Report on sanitation, dispensaries, and jails in Rajputana for 1913, and on vaccination for the year 1913-1914 - 1913-1914
Year: 1913
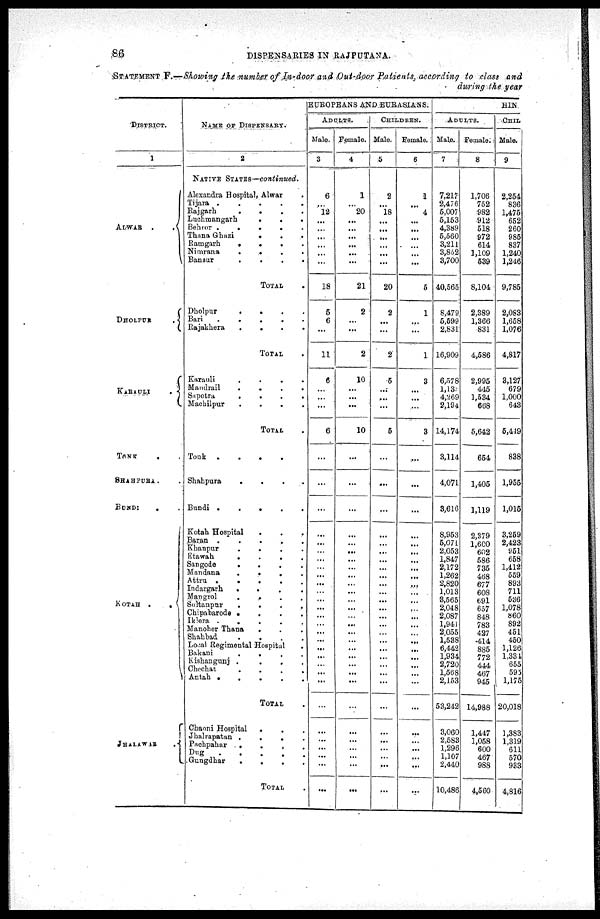
86
DISPENSARIES IN RAJPUTANA.
STATEMENT F.—Showing the number of In-door and Out-door Patients, according to class and
during the year
DISTRICT.
1
ALWAR
.
.
DHOLPUR
.
KARAULI
.
TONK . .
SHAHPURA . .
BUNDI . .
KOTAH
.
.
JHALAWAR
NAME OF DISPENSARY.
2
NATIVE STATES— continued.
Alexandra Hospital, Alwar .
Tijara
.
.
.
.
.
Rajgarh
.
.
.
.
.
Luchmangarh . . . . .
Beher
.
.
.
.
.
Thana Ghazi . . . .
Ramgarh
.
.
.
.
.
Nimrana . . . .
Bansur
.
.
.
.
.
TOTAL .
Dholpur . . . .
Bari . . . . .
Rajakhera . . . . .
TOTAL .
Karauli
.
.
.
.
.
Mandrail
.
.
.
.
Sapotra . . . . .
Machilpur
.
.
.
.
TOTAL .
Tonk
.
.
.
.
.
Shahpura
.
.
.
.
.
Bundi
.
.
.
.
.
Kotah Hospital . .
Baran
.
.
.
.
.
Khanpur
.
.
.
.
.
Etawah
.
.
.
.
.
Sangode
.
.
.
.
.
Mandana . . . . . .
Attru
.
.
.
.
.
.
Indargarh . . . .
Mangrol
.
.
.
.
.
Sultanpur
.
.
.
.
Chipabarode
.
.
.
.
.
Iklera . . . . .
Manoher Thana . . .
Shahbad . . . . .
Local Regimental Hospital .
Bakani
.
.
.
.
.
Kishangunj
.
.
.
.
Chochat . . . .
Antah
.
.
.
.
.
TOTAL .
Chaoni Hospital . . .
Jhalrapatan . . . .
Pachpahar . . . . .
Dug . . . .
Gungdhar . . . .
TOTAL .
EUROPEANS AND EURASIANS.
ADULTS.
Mala
3
6
...
12
...
...
...
...
...
...
18
5
6
...
11
6
...
...
...
6
...
...
...
...
...
...
...
...
...
...
...
...
...
...
...
...
...
...
...
...
...
...
...
...
...
...
...
...
...
Female.
4
1
...
20
...
...
...
...
...
...
21
2
...
...
2
10
...
...
...
10
...
...
...
...
...
...
... ...
...
...
...
...
...
...
...
...
...
...
...
...
...
...
...
...
...
...
...
...
...
CHILDERN.
Male.
5
2
...
18
...
...
...
...
...
...
20
2
...
...
2
5
...
...
...
5
...
...
...
...
...
...
...
...
...
...
...
...
...
...
...
...
...
...
...
...
...
...
...
...
...
...
...
...
...
Female.
6
1
...
4
...
...
...
...
...
...
5
1
...
...
1
3
...
...
...
3
...
...
...
...
...
...
...
...
...
...
...
...
...
...
...
...
...
...
...
...
...
...
...
...
...
...
...
...
...
HIN
ADULTS.
Male.
7
7,217
2,476
5,007
5,153
4,389
5,560
3,211
3,852
3,700
40,565
8,479
5,599
2,831
16,909
6,578
1,13
4,269
2,194
14,174
3,114
4,071
3,616
8 953
5,071
2,053
1,847
2,172
1,262
2,820
1,013
3,565
2,048
2,087
1,941
2,055
1,538
6,442
1,934
2,720
1,568
2,153
53,242
3,060
2,583
1,296 1,107
2,440
10,486
Female.
8
1,706
752
982
912
518
972
614
1,109
539
8,104
2,389
1,366
831
4,586
2,995
415
1,534
668
5,642
654
1,405
1,119
2,379
1,600
602
586
735
468
677
608
691
657
848
783
427
414
885
772
444
467
945
14,988
1,447
1,058
600
467
988
4,560
CHIL
Male.
9
2,254
836
1,475
652
260
985
837
1,240
1,246
9,785
2,083
1,658
1,076
4,817
3,127
679
1,000
643
5,449
838
1,955
1,015
3,259
2,423
951
658
1,412
559
893
711
536
1,078
860
892
451
450
1,126
1,334
655
595
1,175
20,018
1,383
1,319
611
570
933
4,816